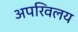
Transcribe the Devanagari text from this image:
अपरिवलय